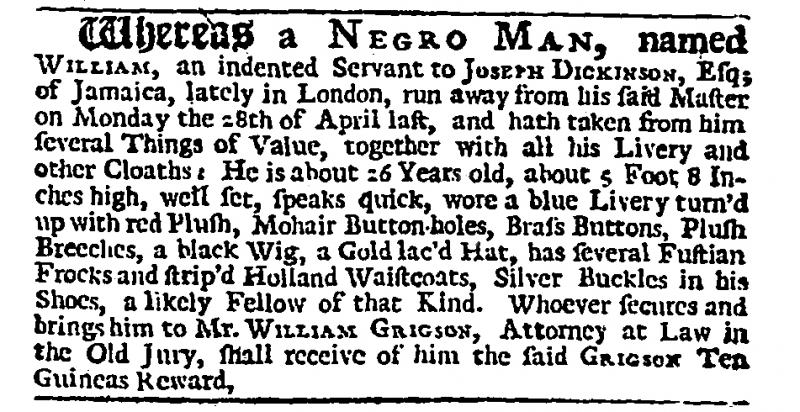
Daily Journal, 15 May 1729 (England)
Whereas a NEGRO MAN, named WILLIAM, an indented Servant to JOSEPH DICKINSON, Esq; of Jamaica, lately in London, run away from his said Master on Monday the 28th of April last, and hath taken from him several Things of Value, together with all his Livery and other Cloaths: He is about 26 Years old, about 5 Foot 8 Inches high, well set, speaks quick, wore a blue Livery turn’d up with red Plush, Mohair Button-holes, Brass Buttons, Plush Breeches, a black Wig, a Gold lac’d Hat, has several Fustian Frocks and strip’d Holland Waistcoats, Silver Buckles in his Shoes, a likely Fellow of that Kind. Whoever secures and brings him to Mr. WILLIAM GRIGSON, Attorney at Law in the Old Jury, shall receive of him the said GRIGSON Ten Guineas Reward.